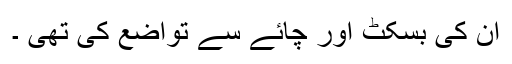
اُن کی بسکٹ اور چائے سے تواضع کی تھی ۔